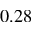
0 . 2 8